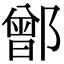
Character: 鄫